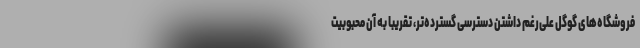
فروشگاه‌های گوگل علی‌رغم داشتن دسترسی گسترده‌تر، تقریباً به آن محبوبیت